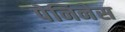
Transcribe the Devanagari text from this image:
पेनिनेस